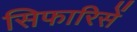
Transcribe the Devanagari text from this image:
सिफारिसें